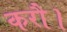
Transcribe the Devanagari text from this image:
करौ।